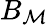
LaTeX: B_{\mathcal{M}}